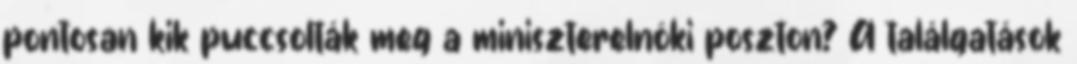
pontosan kik puccsolták meg a miniszterelnöki poszton? A találgatások